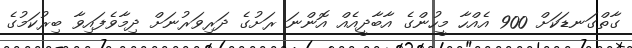
ގާތްގަނޑަކަށް 900 އެއްހާ މީހުންގެ އާބާދީއެއް އޮންނަ ރަށުގެ ދަރިވަރުނަށް ދިމާވެފައިވާ ބިރުކަމުގެ